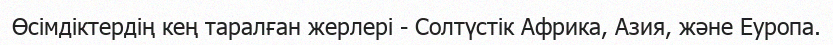
Өсімдіктердің кең таралған жерлері - Солтүстік Африка, Азия, және Еуропа.